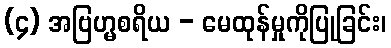
(၄) အဗြဟ္မစရိယ - မေထုန်မှုကိုပြုခြင်း၊